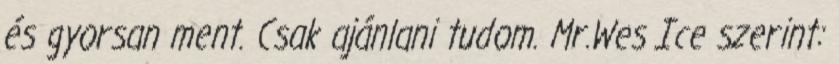
és gyorsan ment. Csak ajánlani tudom. Mr.Wes Ice szerint: